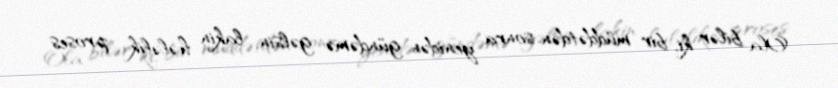
Ola bilər ki, bir müddətdən sonra yenidən gündəmə gəlsin, lakin hələlik proses